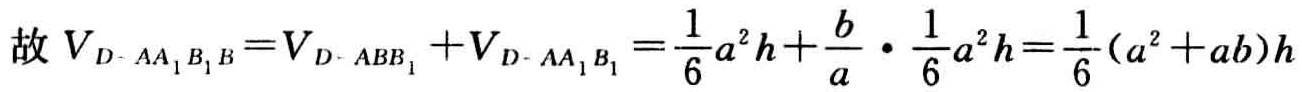
故 \(V_{D - AA_{1}B_{1}B}=V_{D - ABB_{1}}+V_{D - AA_{1}B_{1}}=\frac{1}{6}a^{2}h+\frac{b}{a}\cdot\frac{1}{6}a^{2}h=\frac{1}{6}(a^{2}+ab)h\)